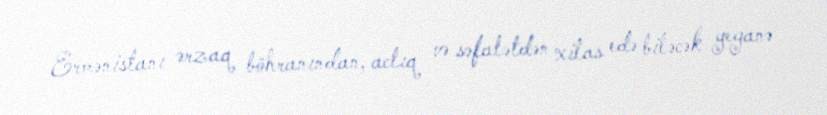
Ermənistanı ərzaq böhranından, aclıq və səfalətdən xilas edə biləcək yeganə